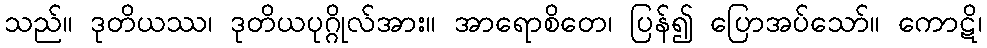
သည်။ ဒုတိယဿ၊ ဒုတိယပုဂ္ဂိုလ်အား။ အာရောစိတေ၊ ပြန်၍ ပြောအပ်သော်။ ကောဋိ၊